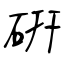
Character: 硏